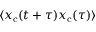
\langle x _ { \mathrm { c } } ( t + \tau ) x _ { \mathrm { c } } ( \tau ) \rangle